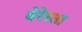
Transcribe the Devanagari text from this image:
बेरेस्ता